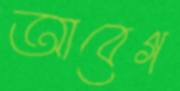
আবেগ